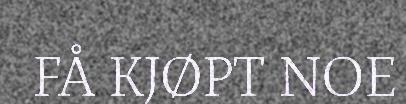
FÅ KJØPT NOE